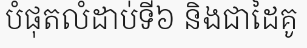
បំផុតលំដាប់ទី៦ និងជាដៃគូ